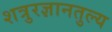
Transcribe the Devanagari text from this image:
शत्रुरज्ञानतुल्य